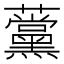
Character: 𧅗